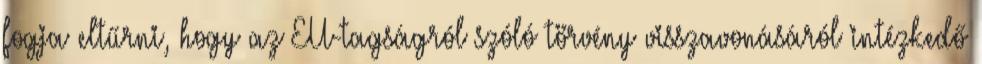
fogja eltűrni, hogy az EU-tagságról szóló törvény visszavonásáról intézkedő